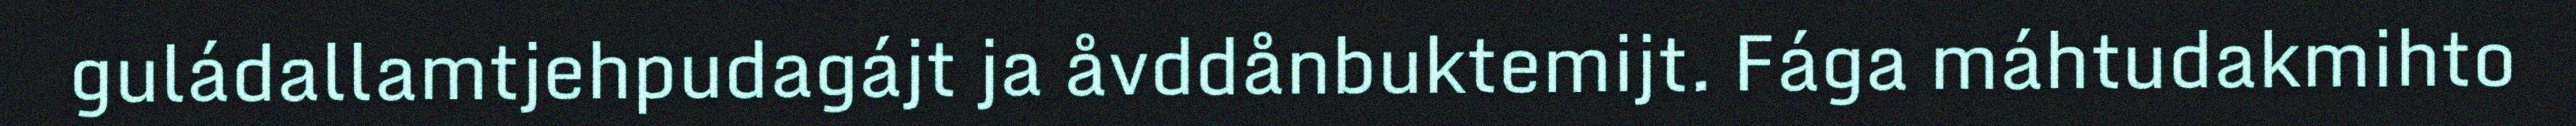
guládallamtjehpudagájt ja åvddånbuktemijt. Fága máhtudakmihto